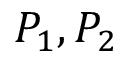
P _ { 1 } , P _ { 2 }